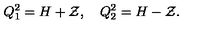
Q _ { 1 } ^ { 2 } = H + { \cal Z } , \quad Q _ { 2 } ^ { 2 } = H - { \cal Z } .